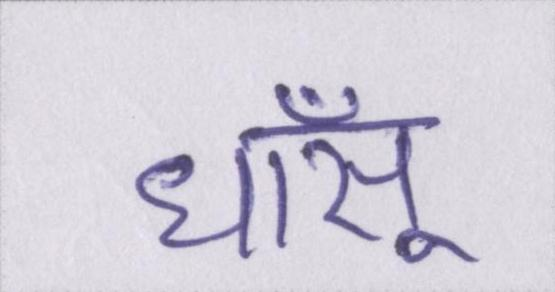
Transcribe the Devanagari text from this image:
धाँसू